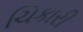
ચિકારી